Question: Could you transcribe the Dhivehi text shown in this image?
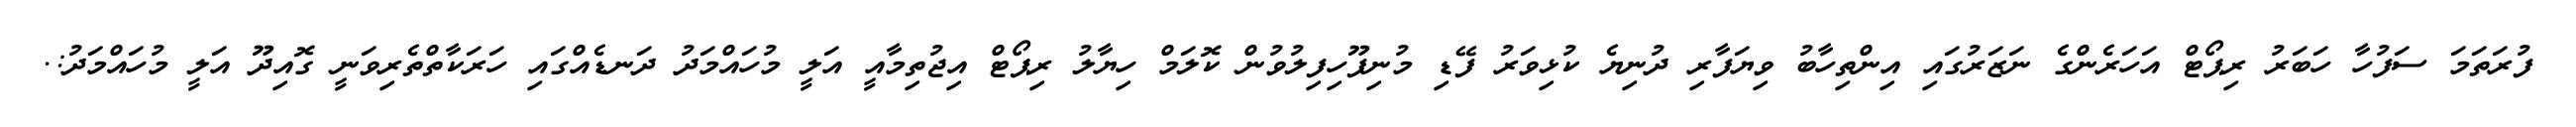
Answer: ފުރަތަމަ ސަފުހާ ހަބަރު ރިޕޯޓް އަހަރެންގެ ނަޒަރުގައި އިންތިހާބު ވިޔަފާރި ދުނިޔެ ކުޅިވަރު ފޭޑި މުނިފޫހިފިލުވުން ކޮލަމް ހިޔާލު ރިޕޯޓް އިޖުތިމާއީ އަލީ މުހައްމަދު ދަނޑެއްގައި ހަރަކާތްތެރިވަނީ ގޮއިދޫ އަލީ މުހައްމަދު:.